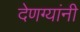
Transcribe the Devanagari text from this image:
देणग्यांनी